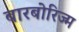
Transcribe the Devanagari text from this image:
बारबोरिज्म